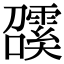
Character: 𩅖